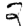
Digit: 2